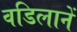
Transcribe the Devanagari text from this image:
वडिलानें